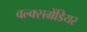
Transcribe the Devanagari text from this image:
वल्क्सग्रेंडियर